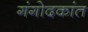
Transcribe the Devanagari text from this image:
गंगोदकांत